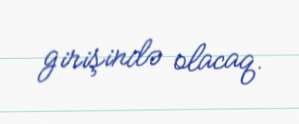
girişində olacaq.